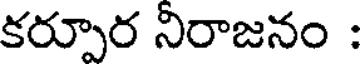
కర్పూర నిరాజనం :